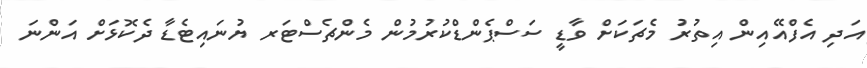
އަދި އެފްއޭއިން އިތުރު މެޗަކަށް ވާޑީ ސަސްޕެންޑްކުރުމުން މެންޗެސްޓަރ ޔުނައިޓެޑާ ދެކޮޅަށް އަންނަ